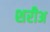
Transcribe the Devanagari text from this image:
शरीअ